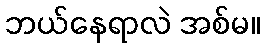
ဘယ်နေရာလဲ အစ်မ။